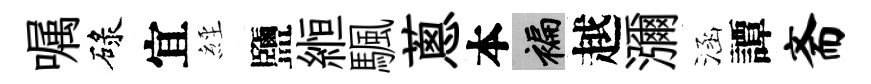
嘱碌宜𦀇鹽縆颿蔥本褊越瀰涵譚斋